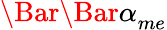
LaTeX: \Bar{\Bar{\alpha}}_{me}